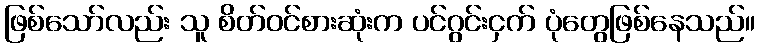
ဖြစ်သော်လည်း သူ စိတ်ဝင်စားဆုံးက ပင်ဂွင်းငှက် ပုံတွေဖြစ်နေသည်။